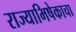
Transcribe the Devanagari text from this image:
राज्याभिषेकाचा